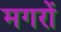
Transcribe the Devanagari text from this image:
मगरों